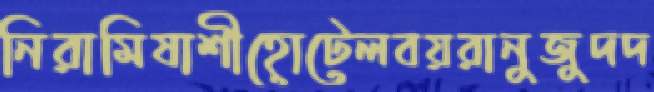
নিরামিষাশীহোটেলবয়রানুজুদদ